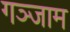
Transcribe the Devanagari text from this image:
गञ्जाम